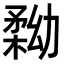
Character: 𠢢